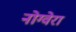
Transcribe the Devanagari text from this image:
नोग्वेरा